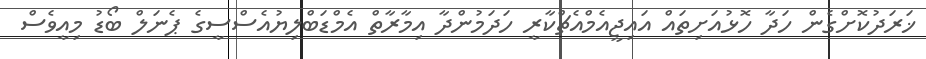
ޚަރަދުކޮށްގެން ހަދާ ހޮޅުއަށިތައް އައިޖީއެމްއެޗްކާރީ ހަދަމުންދާ އިމާރާތް އެމްޑަބްލިޔުއެސްސީގެ ޕެނަލް ބޯޑު މިއީވެސް